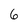
Character: 6